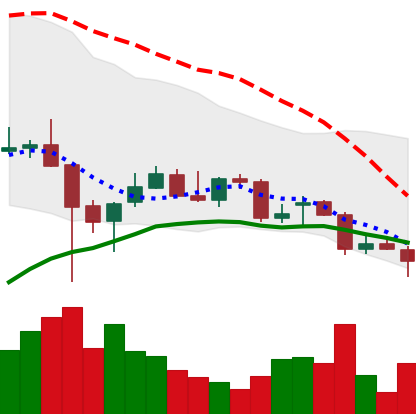
Ticker: TRX-USD
Chart end date: 2021-12-20
Forward return: 5.14%
Label: up_5_7